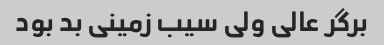
برگر عالی ولی سیب زمینی بد بود